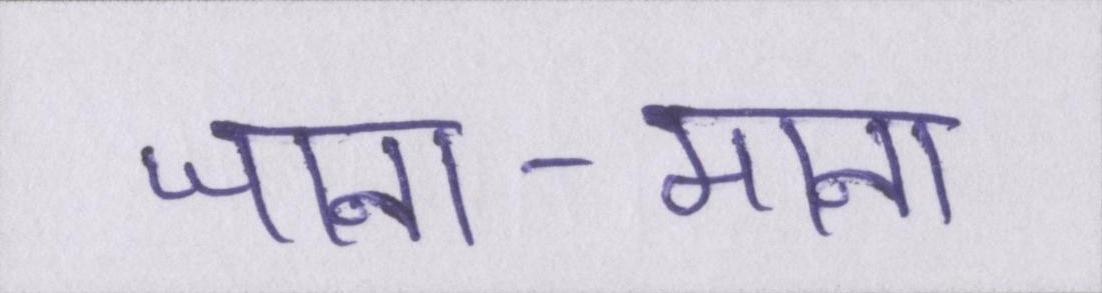
जाना-माना